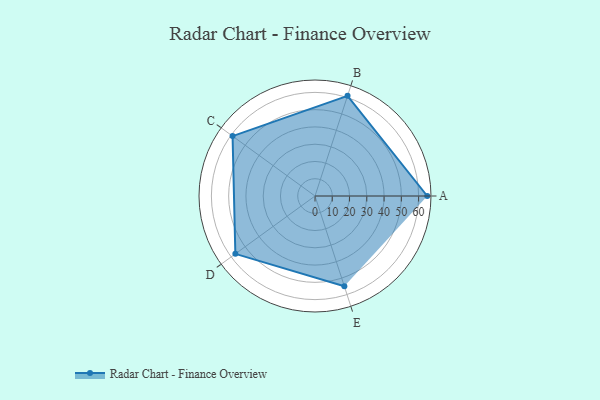
{"axis": {"x": "Skill", "y": "Score"}, "legend": ["Profile"], "data": [{"x": "A", "y": 65.0, "type": "Profile"}, {"x": "B", "y": 61.0, "type": "Profile"}, {"x": "C", "y": 59.0, "type": "Profile"}, {"x": "D", "y": 57.0, "type": "Profile"}, {"x": "E", "y": 55.0, "type": "Profile"}]}